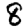
Digit: 8